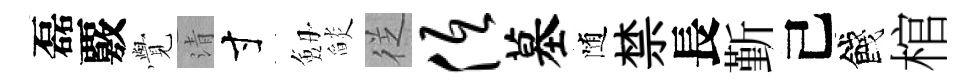
磊覈𮗜清寸劔𦦨徔低墓随禁長斳己餞棺